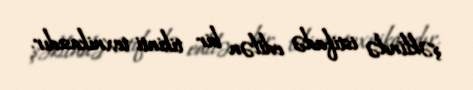
şəklində istifadə edilən bir tikinti texnikasıdır.